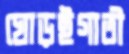
ঘোড়ইগাতী